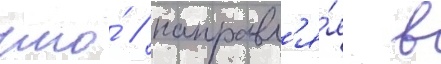
что́ / направл'я́я в